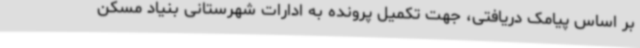
بر اساس پیامک دریافتی، جهت تکمیل پرونده به ادارات شهرستانی بنیاد مسکن